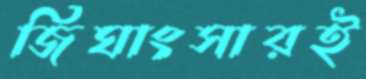
জিঘাংসারই